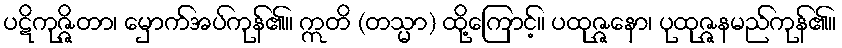
ပဋိကုဇ္ဇိတာ၊ မှောက်အပ်ကုန်၏။ ဣတိ (တသ္မာ) ထို့ကြောင့်။ ပထုဇ္ဇနော၊ ပုထုဇ္ဇနမည်ကုန်၏။